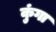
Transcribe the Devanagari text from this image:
कुंगा